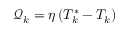
\mathcal { Q } _ { k } = \eta \left( T _ { k } ^ { * } - T _ { k } \right)